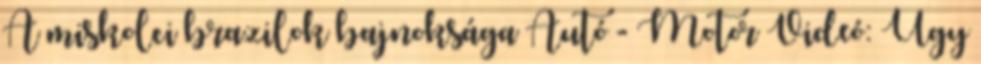
A miskolci brazilok bajnoksága Autó - Motor Videó: Úgy